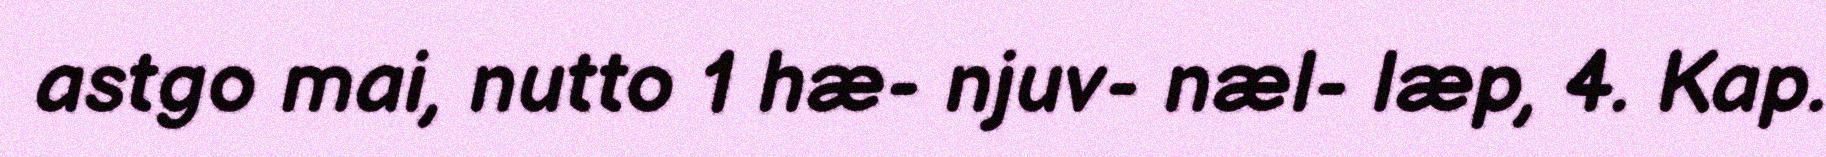
astgo mai, nutto 1 hæ- njuv- næl- læp, 4. Kap.